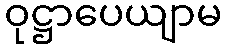
ဝုဋ္ဌာပေယျာမ